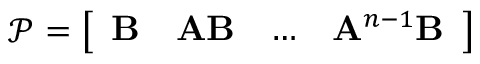
\mathscr { P } = \left[ \begin{array} { l l l l } { \mathbf { B } } & { \mathbf { A } \mathbf { B } } & { \dots } & { \mathbf { A } ^ { n - 1 } \mathbf { B } } \end{array} \right]